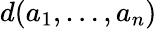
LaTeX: d(a_{1},\ldots,a_{n})